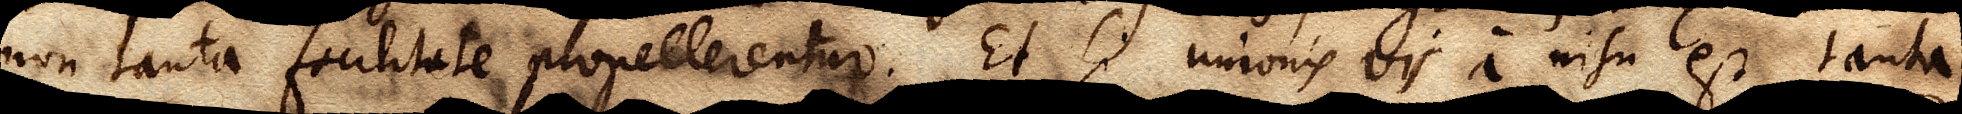
non tanta facilitate propellerentur. Et si unionis vis a nisu est tanta